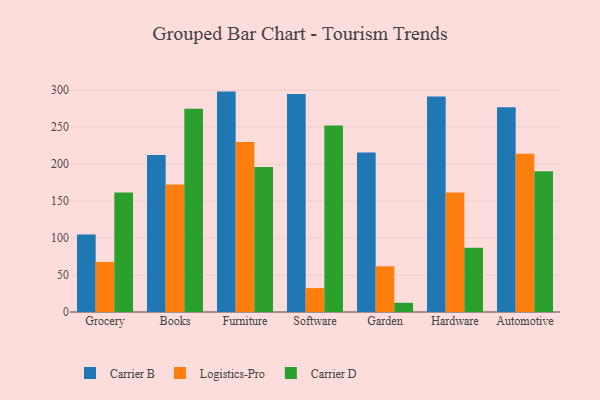
{"axis": {"x": "Category", "y": "Website Visitors"}, "legend": ["Carrier B", "Carrier D", "Logistics-Pro"], "data": [{"x": "Grocery", "y": 104.9, "type": "Carrier B"}, {"x": "Grocery", "y": 67.7, "type": "Logistics-Pro"}, {"x": "Grocery", "y": 161.7, "type": "Carrier D"}, {"x": "Books", "y": 212.4, "type": "Carrier B"}, {"x": "Books", "y": 172.3, "type": "Logistics-Pro"}, {"x": "Books", "y": 274.7, "type": "Carrier D"}, {"x": "Furniture", "y": 298.0, "type": "Carrier B"}, {"x": "Furniture", "y": 230.0, "type": "Logistics-Pro"}, {"x": "Furniture", "y": 195.9, "type": "Carrier D"}, {"x": "Software", "y": 294.8, "type": "Carrier B"}, {"x": "Software", "y": 32.3, "type": "Logistics-Pro"}, {"x": "Software", "y": 252.3, "type": "Carrier D"}, {"x": "Garden", "y": 215.6, "type": "Carrier B"}, {"x": "Garden", "y": 61.8, "type": "Logistics-Pro"}, {"x": "Garden", "y": 12.5, "type": "Carrier D"}, {"x": "Hardware", "y": 291.3, "type": "Carrier B"}, {"x": "Hardware", "y": 161.6, "type": "Logistics-Pro"}, {"x": "Hardware", "y": 86.8, "type": "Carrier D"}, {"x": "Automotive", "y": 276.9, "type": "Carrier B"}, {"x": "Automotive", "y": 213.9, "type": "Logistics-Pro"}, {"x": "Automotive", "y": 190.3, "type": "Carrier D"}]}